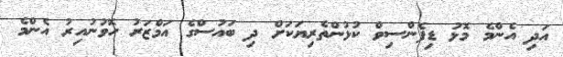
އަދި އެންމެ މޮޅު ޑިފެންސިވް ކުޅުންތެރިޔަކަށް ދި ބައުސްގެ އަމްޒަރު ހޮވުނުއިރު އެންމެ